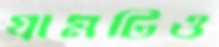
গ্রামটিও